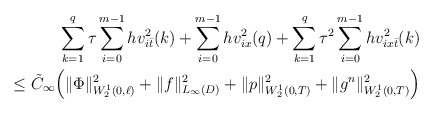
\begin{align*}\sum\limits_{k=1}^q\tau\sum\limits_{i=0}^{m-1}hv_{i\bar t}^2(k) +\sum\limits_{i=0}^{m-1}hv_{ix}^2(q)+ \sum\limits_{k=1}^q\tau^2 \sum\limits_{i=0}^{m-1} hv_{ix\bar t}^2(k) \\\leq \tilde C_{\infty}\Big(\Vert\Phi\Vert^2_{W_2^1(0,\ell)} +\Vert f\Vert_{L_\infty(D)}^2 +\Vert p\Vert_{W_2^1(0,T)}^2 +\Vert g^n\Vert_{W_2^1(0,T)}^2\Big) \end{align*}